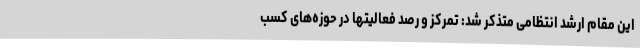
این مقام ارشد انتظامی متذکر شد: تمرکز و رصد فعالیتها در حوزه‌های کسب